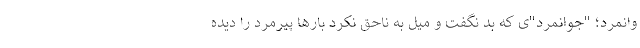
وانمرد؛ "جوانمرد"ی که بد نگفت و میل به ناحق نکرد بارها پیرمرد را دیده